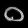
Digit: ၀